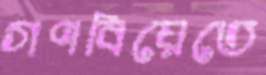
গণবিয়েতে